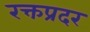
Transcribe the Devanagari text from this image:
रक्तप्रदर